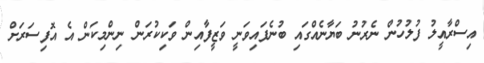
އިސްރާއީލު ފުލުހުން ނެރުނު ބަޔާނެއްގައި ބުނެފައިވަނީ ވަޒީފާއިން ވަކިކުރަން ނިންމިކަން އެ އޮފިސަރަށް